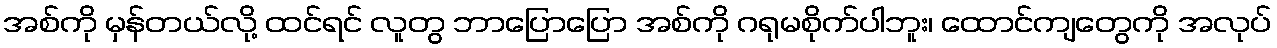
အစ်ကို မှန်တယ်လို့ ထင်ရင် လူတွ ဘာပြောပြော အစ်ကို ဂရုမစိုက်ပါဘူး၊ ထောင်ကျတွေကို အလုပ်